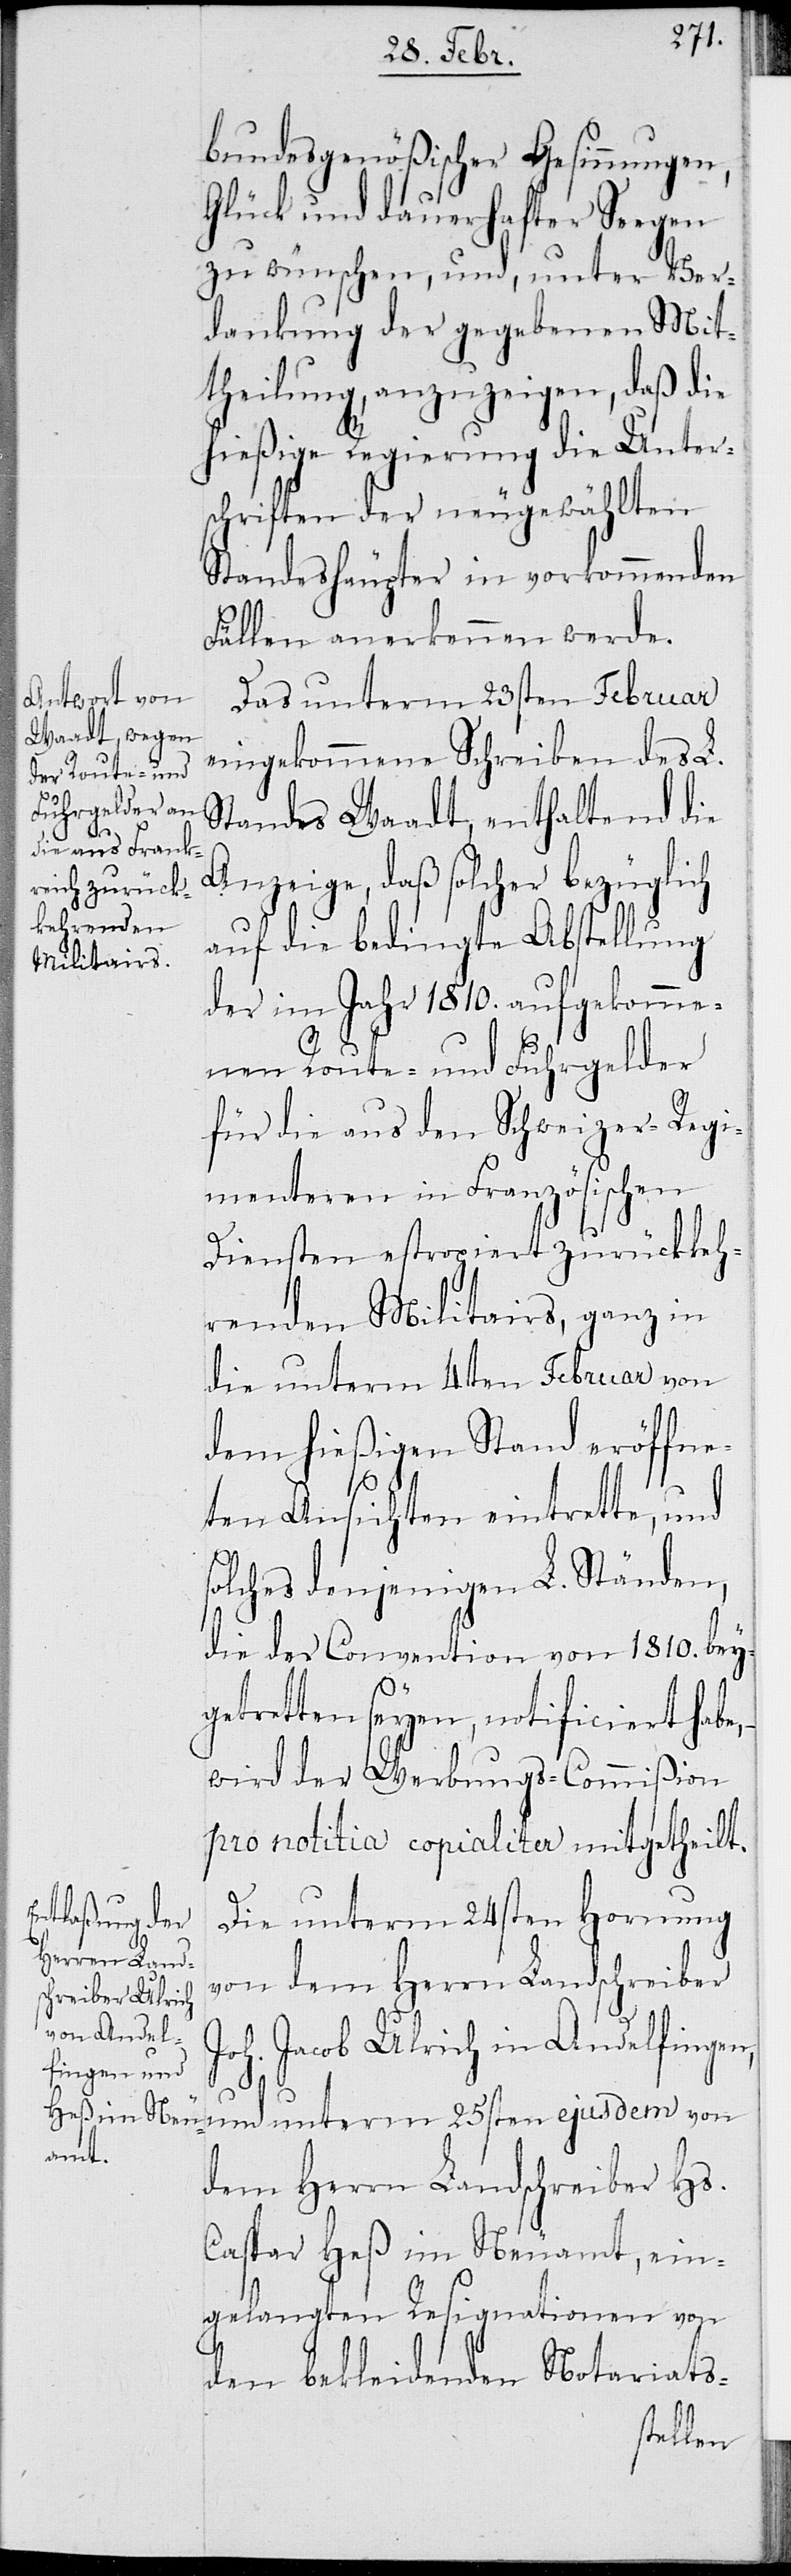
bundesgenößischer Gesinnungen,
Glück und dauerhafter Seegen
zu wünschen, und, unter Ver¬
dankung der gegebenen Mit¬
theilung, anzuzeigen, daß die
hießige Regierung die Unter¬
schriften der neugewählten
Standeshäupter in vorkommenden
Fällen anerkennen werde.
Das unterm 23 Februar
eingekommene Schreiben des L.
Standes Waadt, enthaltend die
Anzeige, daß solcher bezüglich
auf die bedingte Abstellung
der im Jahr 1810. aufgekomme¬
nen Route- und Fuhrgelder
für die aus den Schweizer-Regi¬
menteren in Französischen
Diensten estropiert zurückkeh¬
renden Militairs, ganz in
die unterm 4ten Februar von
dem hießigen Stand eröffne¬
ten Ansichten, eintrette, und
solches denjenigen L. Ständen,
die der Convention von 1810. beyg¬
etretten seyen, notificiert habe,
wird der Werbungs-Commißion
pro notitia copialiter mitgetheilt.
Die unterm 24sten Hornung
von dem Herrn Landschreiber
Joh. Jacob Ulrich in Andelfingen,
und unterm 25sten ejusdem von
dem Herrn Landschreiber Hs.
Caspar Heß im Neuamt, ein¬
gelangten Resignationen von
den bekleidenden Notariats-